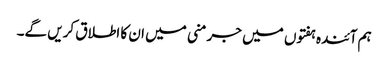
ہم آئندہ ہفتوں میں جرمنی میں ان کا اطلاق کریں گے۔